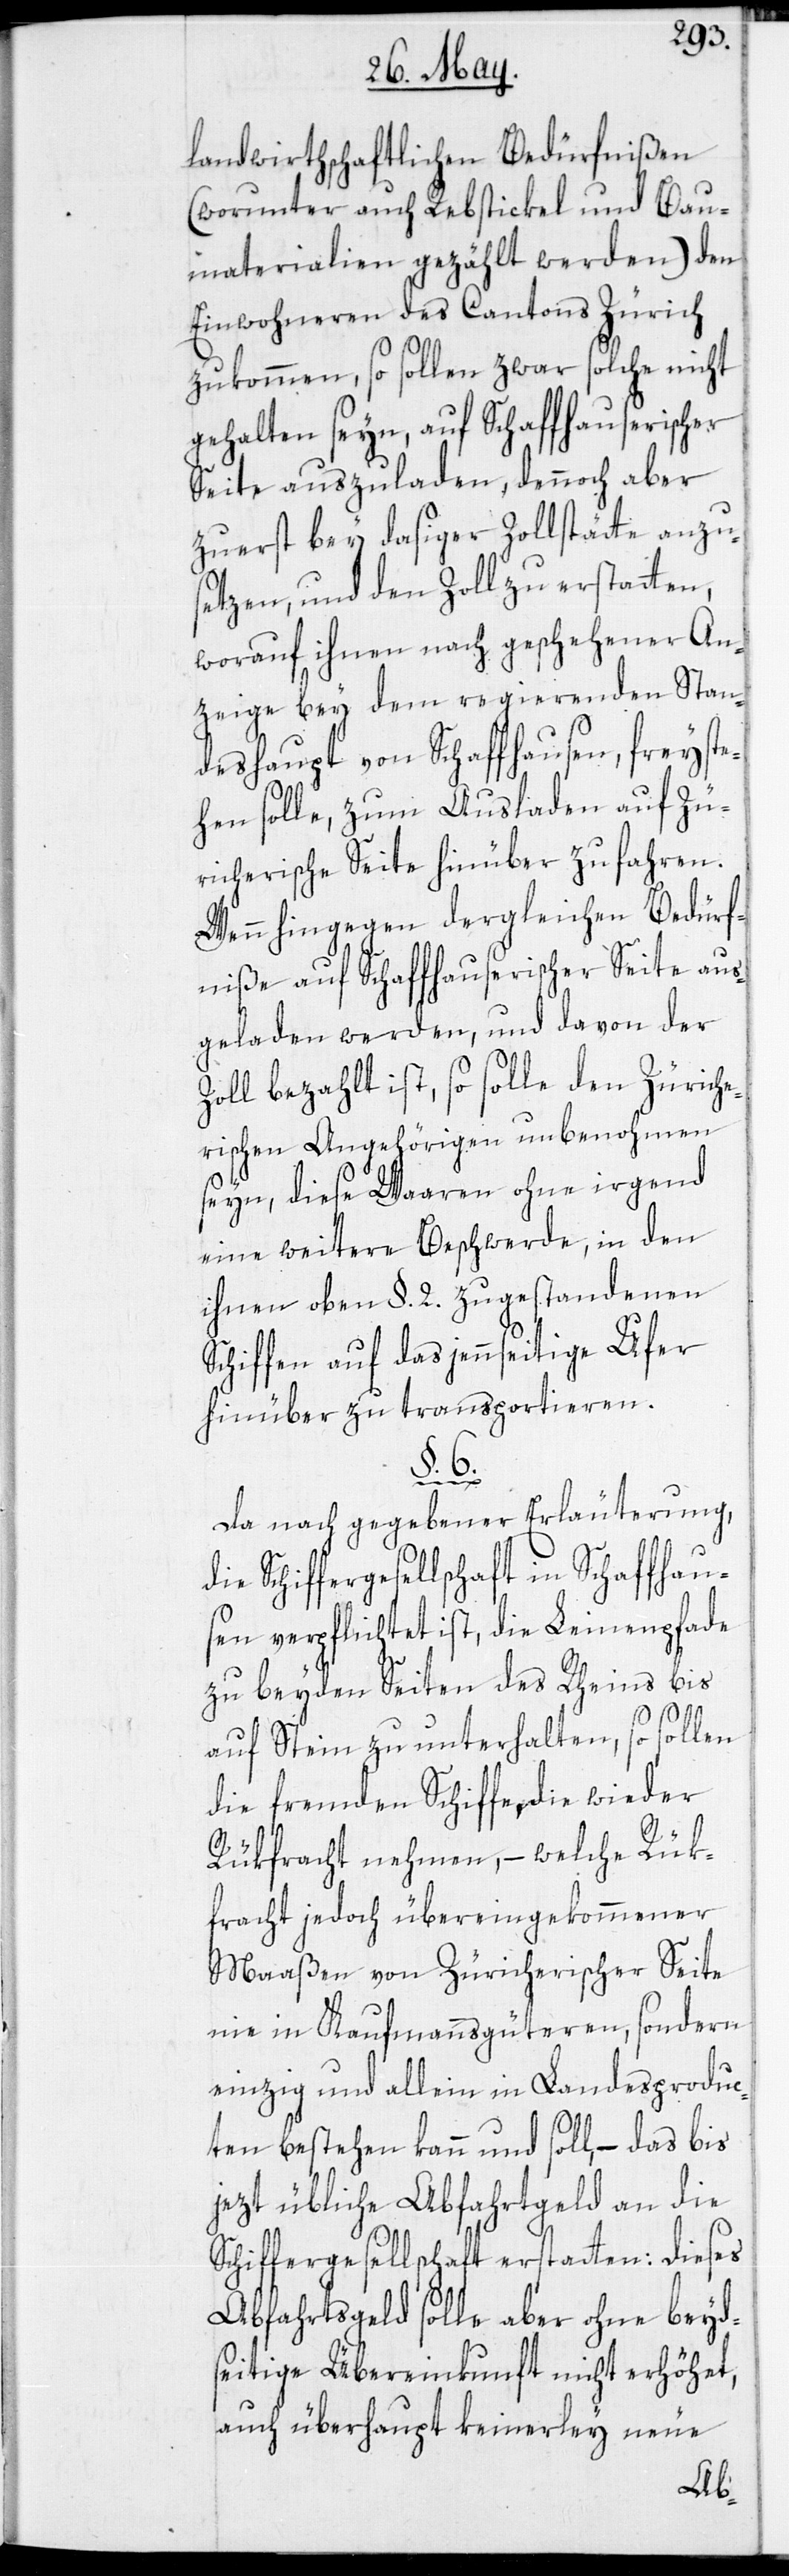
landwirthschaftlichen Bedürfnißen
(worunter auch Rebstickel und Bau¬
materialien gezählt werden) den
Einwohneren des Cantons Zürich
zukommen, so sollen zwar solche nicht
gehalten seyn, auf Schaffhauserischer
Seite auszuladen, dennoch aber
zuerst bey dasiger Zollstätte anzu¬
setzen, und den Zoll zu erstatten,
worauf ihnen nach geschehener An¬
zeige bey dem regierenden Stan¬
deshaupt von Schaffhausen, freyste¬
hen solle, zum Ausladen auf Zü¬
richerische Seite hinüber zu fahren.
Wenn hingegen dergleichen Bedürf¬
niße auf Schaffhauserischer Seite aus¬
geladen werden, und davon der
Zoll bezahlt ist, so solle den Züriche¬
rischen Angehörigen unbenohmen
seyn, diese Waaren ohne irgend
eine weitere Beschwerde, in den
ihnen oben §. 2. zugestandenen
Schiffen auf das jennseitige Ufer
hinüber zu transportieren.
§. 6.
Da nach gegebener Erläuterung,
ie Schiffergesellschaft in Schaffhau¬
sen verpflichtet ist, die Leinenpfade
zu beyden Seiten des Rheins bis
auf Stein zu unterhalten, so sollen
die fremden Schiffe, die wieder
Rükfracht nehmen, – welche Rük¬
fracht jedoch übereingekommener
Maaßen von Züricherischer Seite
nie in Kaufmannsgüteren, sondern
einzig und allein in Landesproduc¬
ten bestehen kann und soll, – das bis
jezt übliche Abfahrtgeld an die
Schiffergesellschaft erstatten: dieses
Abfahrtsgeld solle aber ohne beyd¬
seitige Übereinkunft nicht erhöhet,
auch überhaupt keinerley neue
d¬